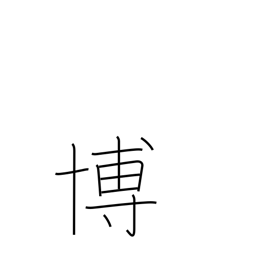
Meaning: win acclaim